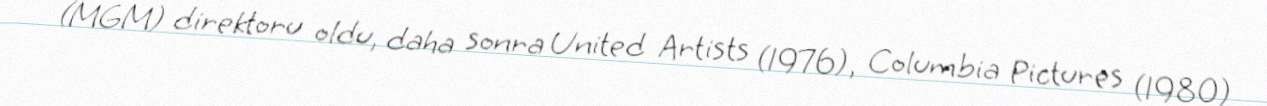
(MGM) direktoru oldu, daha sonra United Artists (1976), Columbia Pictures (1980)